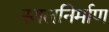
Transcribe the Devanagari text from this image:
स्थलनिर्माण